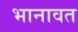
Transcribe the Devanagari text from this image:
भानावत